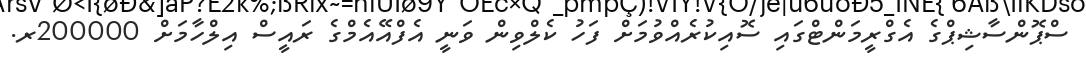
ސްޕޮންސާޝިޕްގެ އެގްރީމަންޓްގައި ސޮއިކުރެއްވުމަށް ފަހު ކެލްވިން ވަނީ އެފްއޭއެމްގެ ރައީސް އިލްހާމަށް 200000ރ.